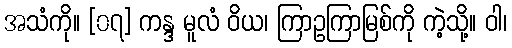
အသံကို။ [၀၇] ကန္ဒ မူလံ ဝိယ၊ ကြာဥကြာမြစ်ကို ကဲ့သို့။ ဝါ၊